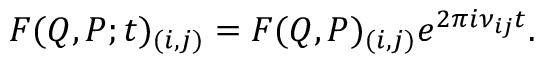
F ( Q , P ; t ) _ { ( i , j ) } = F ( Q , P ) _ { ( i , j ) } e ^ { 2 { \pi } i { \nu } _ { i j } t } .